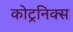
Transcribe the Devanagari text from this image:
कोट्रनिक्स